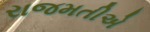
રાજમતીએ